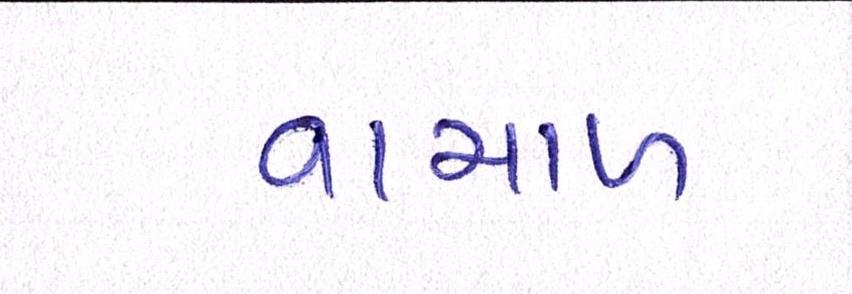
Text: વાચાળ